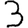
Digit: 3